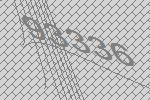
93336